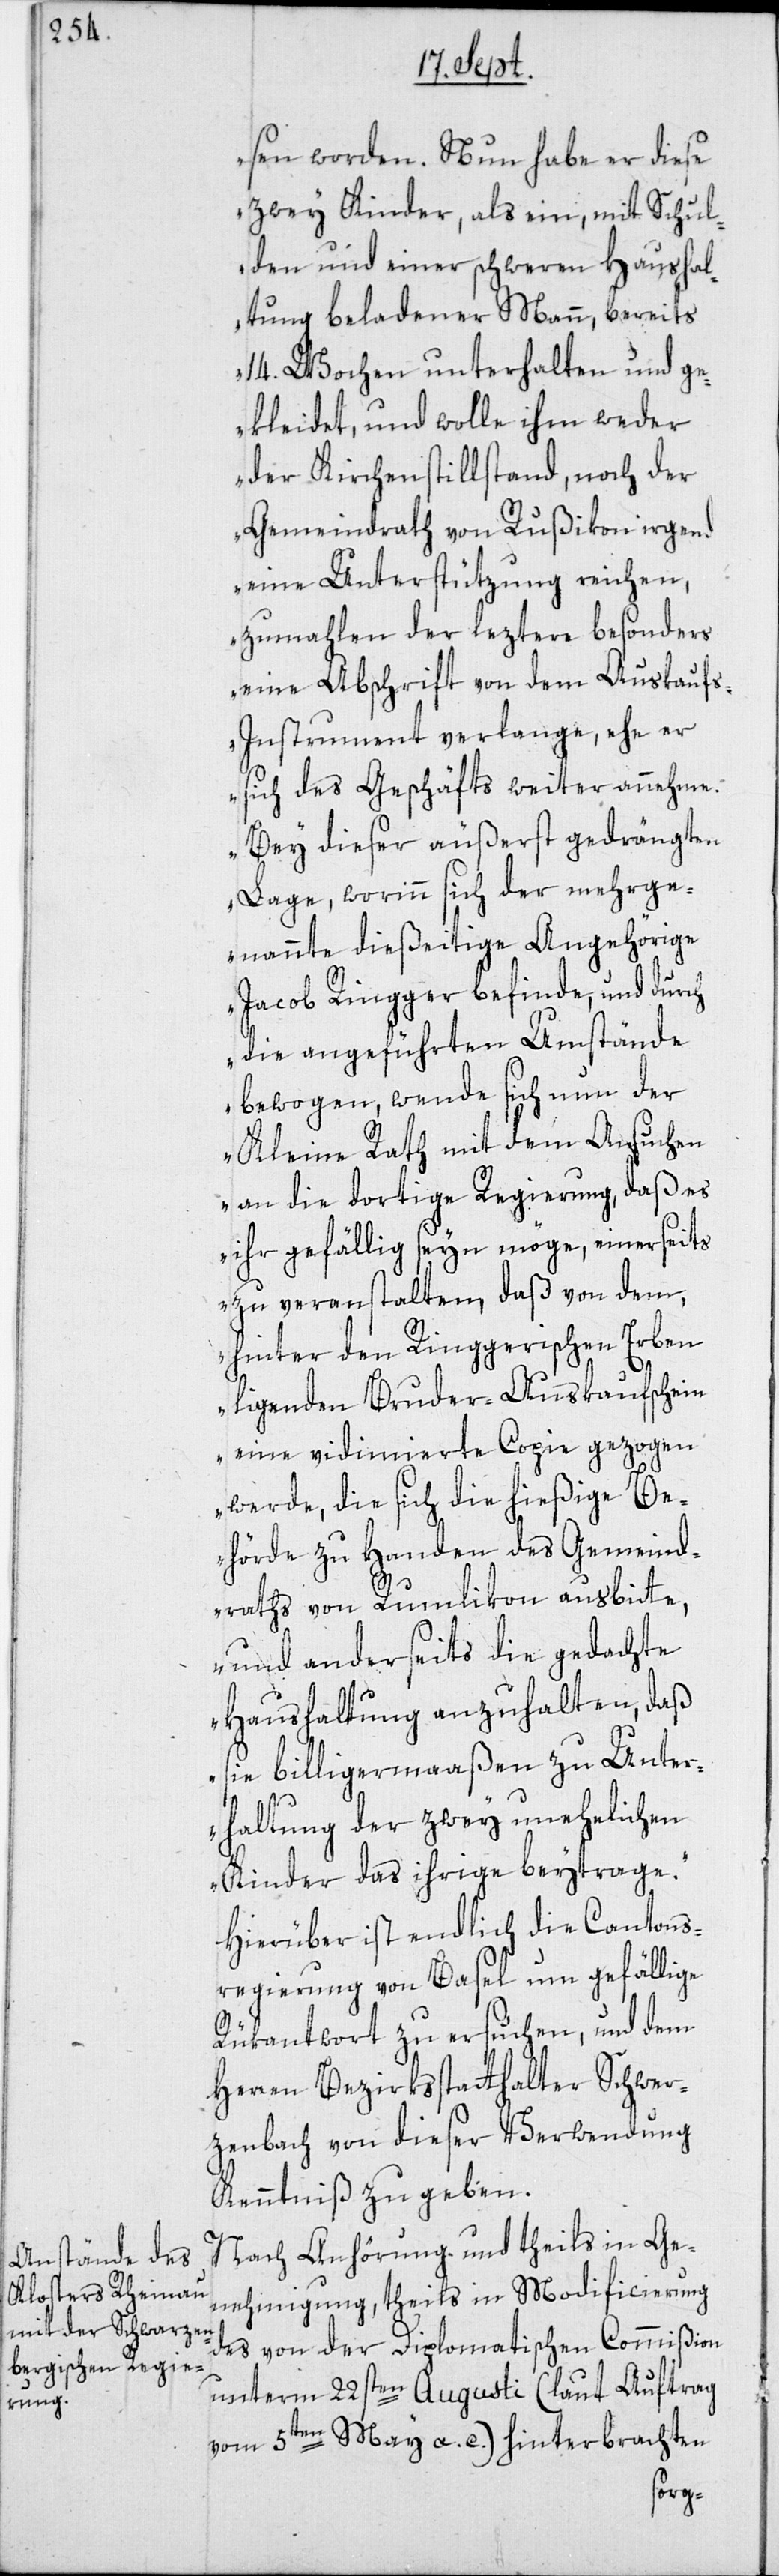
sen worden. Nun habe er diese
zwey Kinder, als ein, mit Schul¬
den und einer schweren Haushal¬
tung beladener Mann, bereits
14. Wochen unterhalten und g¬
ekleidet, und wolle ihm weder
der Kirchenstillstand, noch der
Gemeindrath von Rußikon irgend
eine Unterstützung reichen,
zumahlen der leztere besonders
eine Abschrift von dem Auskauf¬
s-Instrument verlange, ehe er
sich des Geschäfts weiter annehme.
Bey dieser äußerst gedrängten
Lage, worinn sich der mehrge¬
nannte dießeitige Angehörige
Jacob Ringger befinde, und durch
die angeführten Umstände
bewogen, wende sich nun der
Kleine Rath mit dem Ansuchen
an die dortige Regierung, daß es
ihr gefällig seyn möge, einerseits
zu veranstalten, daß von dem,
hinter den Ringgerischen Erben
ligenden Bruder-Auskaufschein
eine vidimierte Copie gezogen
werde, die sich die hießige Be¬
hörde zu Handen des Gemeind¬
raths von Rumlikon ausbitte,
und anderseits die gedachte
Haushaltung anzuhalten, daß
sie billigermaaßen zu Unter¬
haltung der zwey unehelichen
Kinder das ihrige beytrage.“
Hierüber ist endlich die Cantons¬
regierung von Basel um gefällige
Rükantwort zu ersuchen, und dem
Herren Bezirksstatthalter Schwer¬
zenbach von dieser Verwendung
Kenntniß zu geben.
Nach Anhörung und theils in Ge¬
nehmigung, theils in Modificierung
des von der Diplomatischen Commißion
unterm 22sten Augusti (laut Auftrag
vom 5ten May a. c.) hinterbrachten